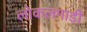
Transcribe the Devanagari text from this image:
लोकलगाडी